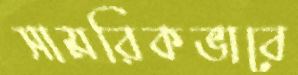
সামরিকভাবে